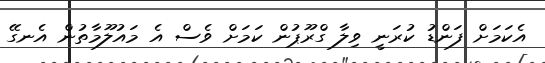
އެކަމަށް ފަންޑު ކުރަނީ ވިލާ ގްރޫޕުން ކަމަށް ވެސް އެ މައުލޫމާތުން އެނގޭ